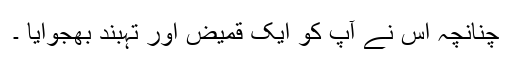
چنانچہ اس نے آپ کو ایک قمیض اور تہبند بھجوایا ۔